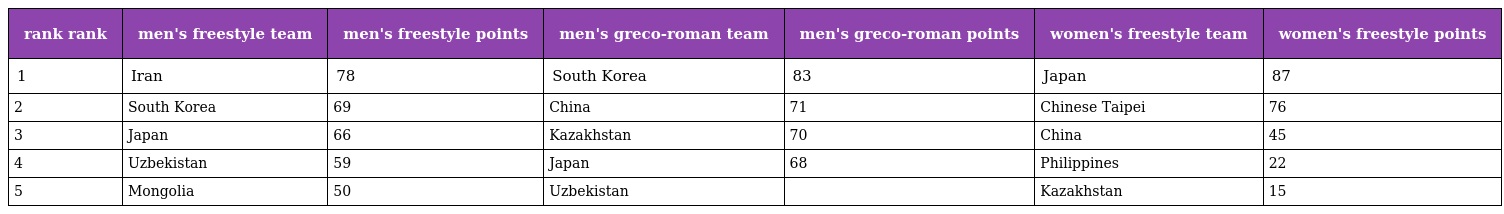
| rank rank | men's freestyle team | men's freestyle points | men's greco-roman team | men's greco-roman points | women's freestyle team | women's freestyle points |
 | --- | --- | --- | --- | --- | --- | --- |
 | 1 | Iran | 78 | South Korea | 83 | Japan | 87 |
 | 2 | South Korea | 69 | China | 71 | Chinese Taipei | 76 |
 | 3 | Japan | 66 | Kazakhstan | 70 | China | 45 |
 | 4 | Uzbekistan | 59 | Japan | 68 | Philippines | 22 |
 | 5 | Mongolia | 50 | Uzbekistan |  | Kazakhstan | 15 |